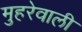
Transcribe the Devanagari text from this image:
मुहरेवाली